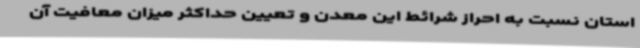
استان نسبت به احراز شرائط این معدن و تعیین حداکثر میزان معافیت آن